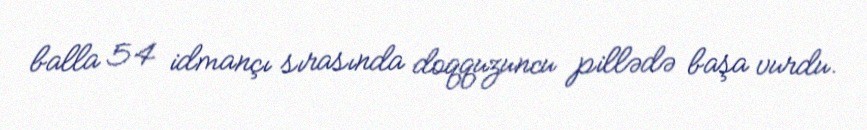
balla 54 idmançı sırasında doqquzuncu pillədə başa vurdu.